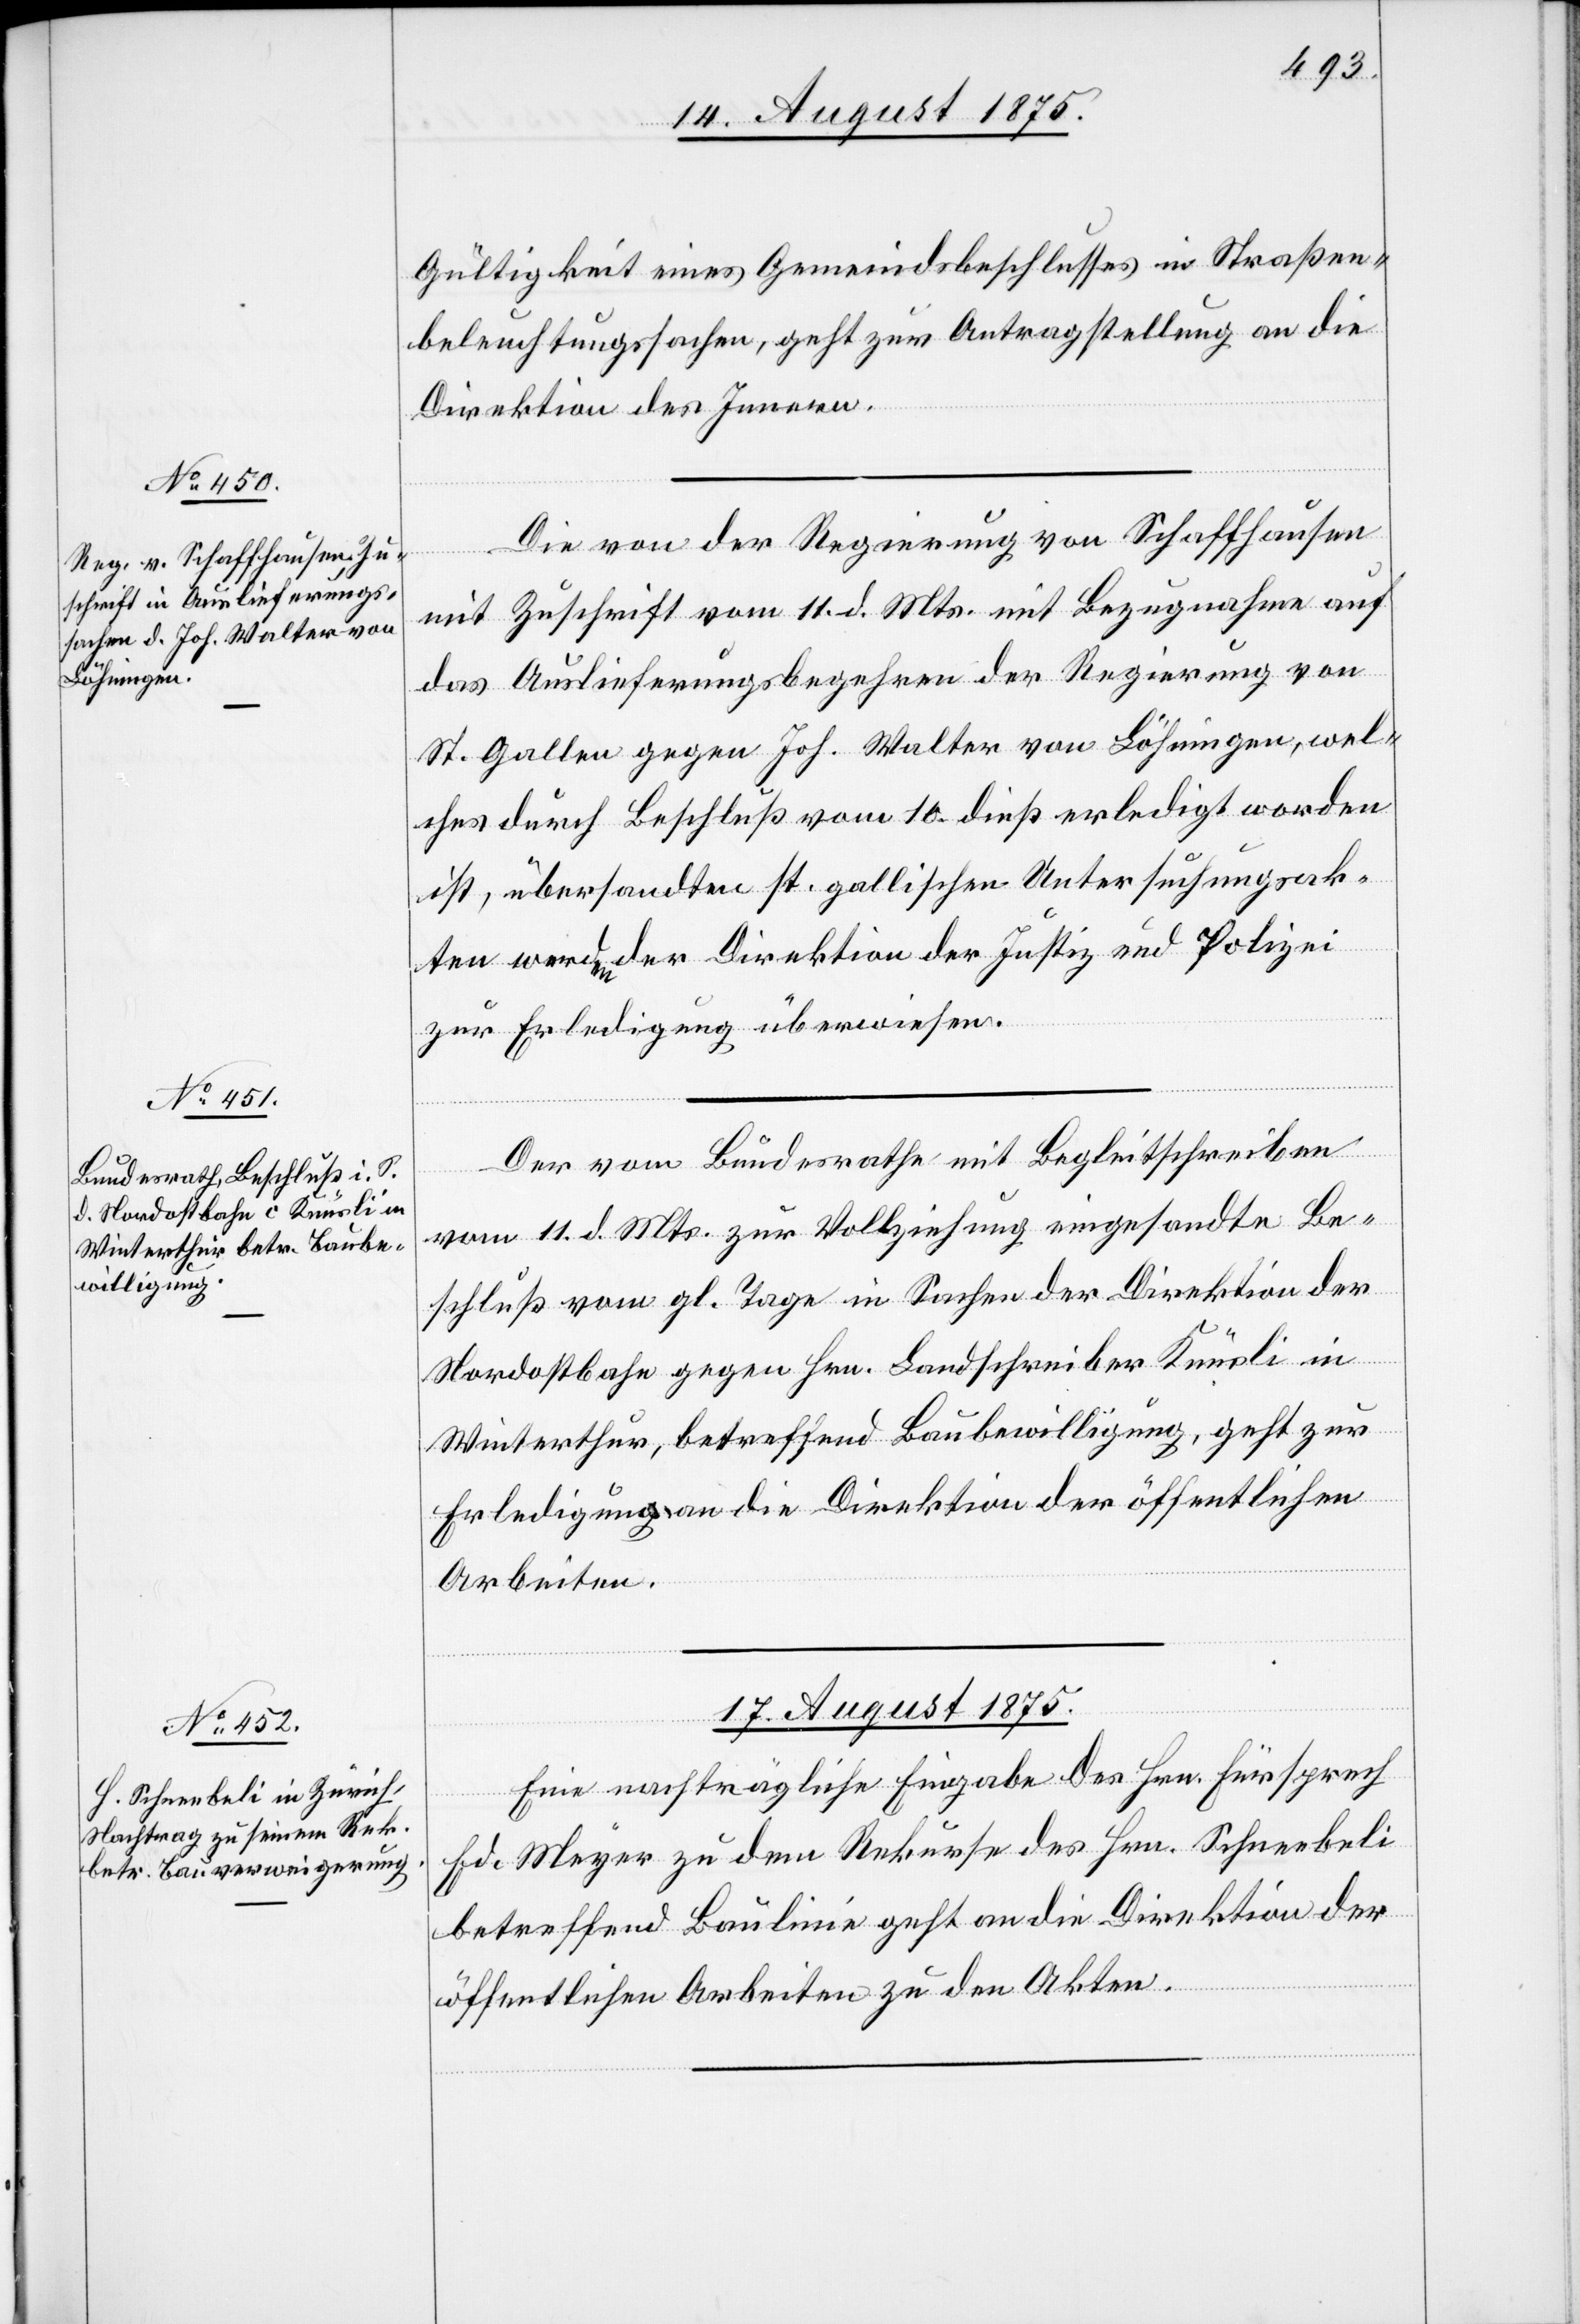
14. August 1875.]
Gültigkeit eines Gemeindsbeschlusses in Straßen¬
beleuchtungssachen, geht zur Antragstellung an die
Direktion des Innern.
Die von der Regierung von Schaffhausen
mit Zuschrift vom 11. d. Mts. mit Bezugnahme auf
das Auslieferungsbegehren der Regierung von
St. Gallen gegen Joh. Walter von Löhningen, wel¬
cher durch Beschluß vom 10. dieß erledigt worden
ist, übersandten st. gallischen Untersuchungsak¬
ten[,] werden der Direktion der Justiz und Polizei
zur Erledigung überwiesen.
Der vom Bundesrathe mit Begleitschreiben
vom 11. d. Mts. zur Vollziehung eingesandte Be¬
schluß vom gl. Tage in Sachen der Direktion der
Nordostbahn gegen Hrn. Landschreiber Knüsli in
Winterthur, betreffend Baubewilligung, geht zur
Erledigung an die Direktion der öffentlichen
Arbeiten.
17. August 1875.
Eine nachträgliche Eingabe des Hrn. Fürsprech
Meyer zu dem Rekurse des Hrn. Schneebeli
betreffend Baulinie geht an die Direktion der
öffentlichen Arbeiten zu den Akten.